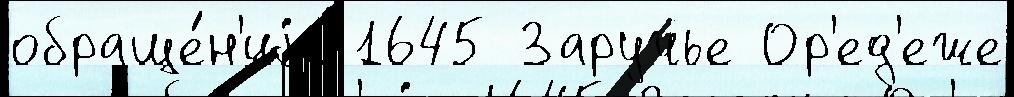
обраще́н'иjа 1645 Заручье Ор'ед'еже